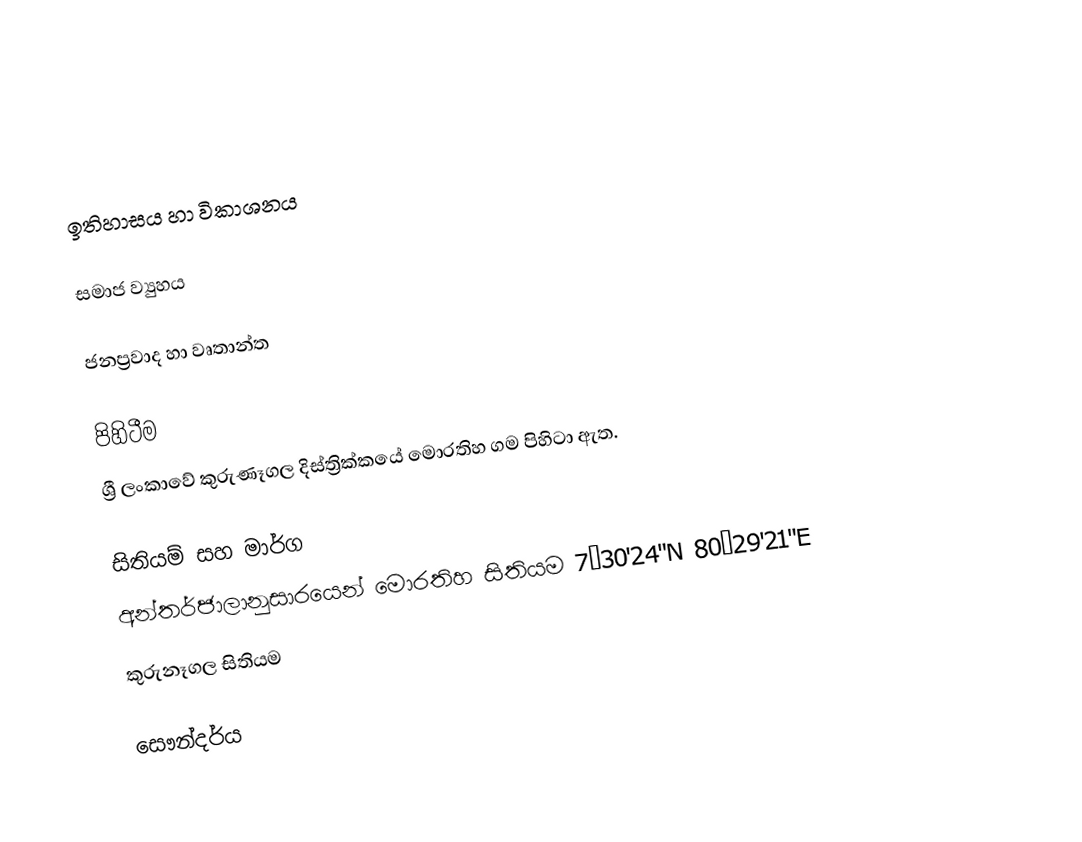

ඉතිහාසය හා විකාශනය

සමාජ ව්‍යුහය

ජනප්‍රවාද හා වෘතාන්ත

පිහිටීම
ශ්‍රී ලංකාවේ කුරුණෑගල දිස්ත්‍රික්කයේ මොරතිහ ගම පිහිටා ඇත.

සිතියම් සහ මාර්ග
අන්තර්ජාලානුසාරයෙන් මොරතිහ සිතියම 7°30'24"N 80°29'21"E
කුරුනෑගල සිතියම

සෞන්දර්ය